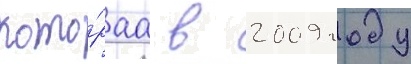
кото́раа в 2009 году